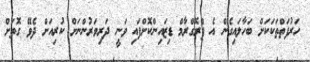
ހަރުފަތްތަކަކަށް ބަހާލައިގެން އެ ޕްރޮގްރާމް ޑިޒައިންކޮށްފައި ވަނީ ދަރިވަރުންނަށް ކުރިއަށް ދެވޭ ގޮތަށް